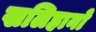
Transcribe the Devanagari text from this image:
खलिहानो